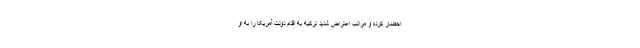
احضار کرده و مراتب اعتراض شدید ترکیه به اقدام دولت آمریکا را به او